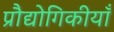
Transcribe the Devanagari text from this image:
प्रौद्योगिकीयाँ